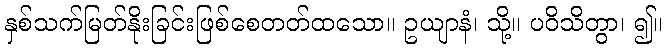
နှစ်သက်မြတ်နိုးခြင်းဖြစ်စေတတ်ထသော။ ဥယျာနံ၊ သို့။ ပဝိသိတွာ၊ ၍။